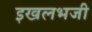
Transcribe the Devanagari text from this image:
इखलभजी